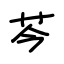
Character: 芩